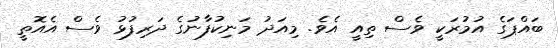
ބައްޕަގެ އުމުރަކީ ވެސް ތިއީ އެވެ. މިއަދު މަނިކުފާނުގެ ދަރިފުޅު ވެސް އެއޮތީ